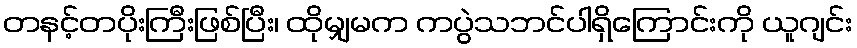
တနင့်တပိုးကြီးဖြစ်ပြီး၊ ထိုမျှမက ကပွဲသဘင်ပါရှိကြောင်းကို ယူဂျင်း